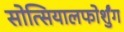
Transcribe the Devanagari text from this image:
सोत्सियालफोर्शुंग